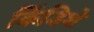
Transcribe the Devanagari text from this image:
किंडिशे